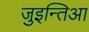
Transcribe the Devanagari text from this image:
जुइन्तिआ